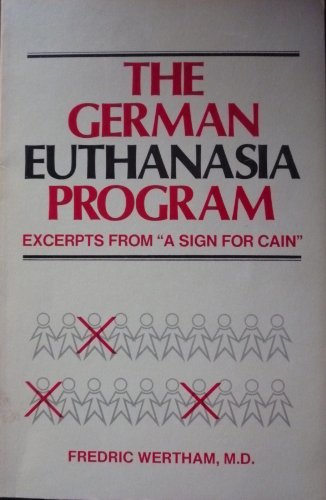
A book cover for The German Euthanasia Program; Fredric Wertham; Medical Books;